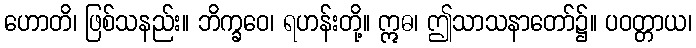
ဟောတိ၊ ဖြစ်သနည်း။ ဘိက္ခဝေ၊ ရဟန်းတို့။ ဣဓ၊ ဤသာသနာတော်၌။ ပဝတ္တာယ၊